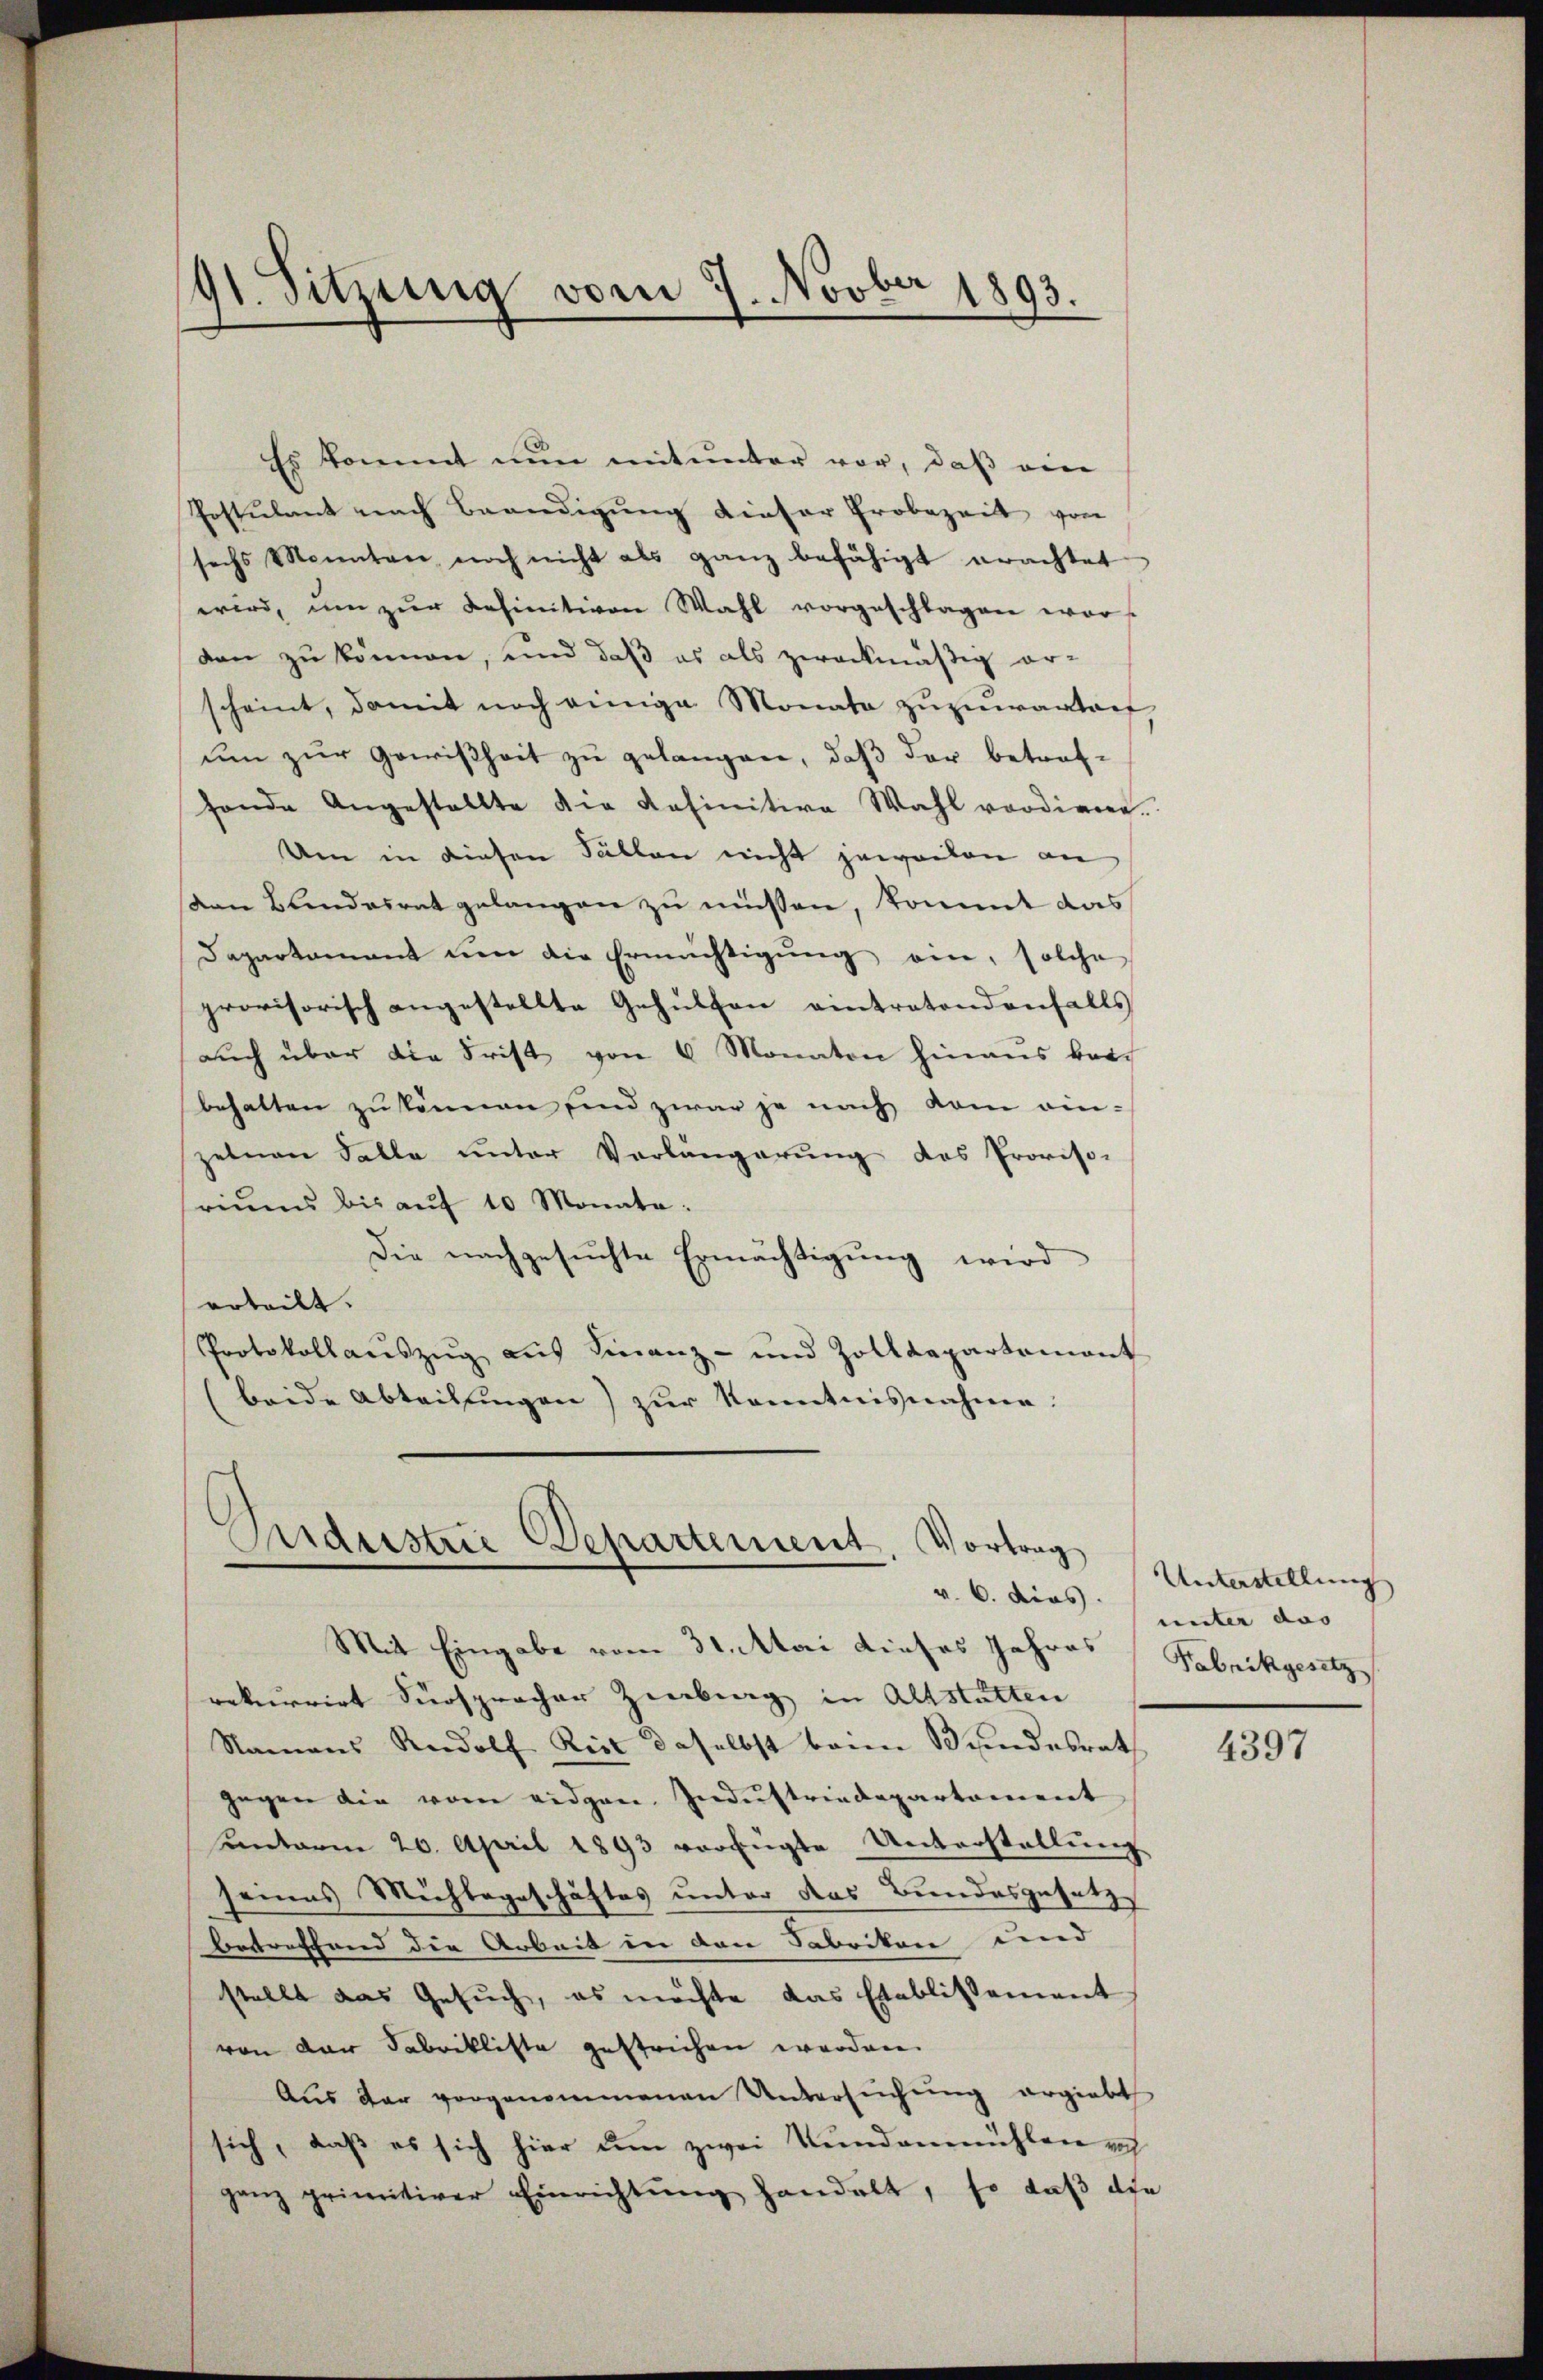
9t. Sitzung vom 7. Novber 1893.

Es kommt nun mit unter vor, daß ein
Postulant nach Beendigung dieser Erobezeit von
sechs Monaten noch nicht als ganz befähigt erachtet.
wird, um zŭr definitiven Wahl vorgeschlagen wor-
dan zu können, und daß es als zweckmäßig er-
scheint, damit noch einige Monata zuzuwarten
um zur Gewißheit zu gelangen, daß der betrof-
fonde Angestellte die Definitive Wahl vordiene.
Um in diesen Fällen nicht jeweilen an
den Blindesrat gelangen zu müssen, kommt das
Dapartamant um die Ermächtigung ein, solche
provisorisch angestellte Gehülfen eintretendenfalls
auch über die Frist von 6 Monaten hinaus beibehalten zu können sind zwar je nach kam einzelnen Falle unter Verlängerung des Provisoriŭms bis aŭf 10 Monate:
Die nachgesuchte Ermächtigung wird
erteilt.
Protokollauszug auf Finanz- und Zolldepartement
(beide Abteilungen) zur Kenntnisnahme.
Arderstrie Departement. Vortrag

Mit Eingabe vom 31. Mai dieses Jahres Fabrikgesetz
rekurrirt Fürspracher Zinburg in Altstatten
Namens Rudolf Reit daselbst beim Bundesrat
gegen die vom eidgen. Industriedepartement
unterm 20. April 1893 verfügte Unterstellung
seines Mühlegeschäftes unter das Bundesgesetz
betreffend die Arbeit in den Fabrikon und
stellt das Gesŭch, es möchte das Etablissement
von der Fabrikliste gestrichen worden.
Aus der vorgenommenen Untersuchung ergiebt
sich, daß es sich hier um zwei Kundenmühlen rich
ganz primitiver Einrichtŭng handelt, so daß die

Unterstellung
v. 6. dies unter das

4397